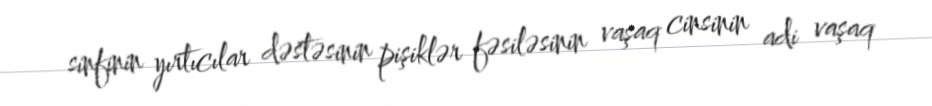
sinfinin yırtıcılar dəstəsinin pişiklər fəsiləsinin vaşaq cinsinin adi vaşaq